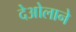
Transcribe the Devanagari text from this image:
देओलाने